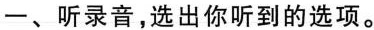
一、听录音,选出你听到的选项。